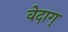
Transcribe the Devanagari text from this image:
वेदाग्